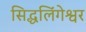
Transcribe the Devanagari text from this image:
सिद्धलिंगेश्वर